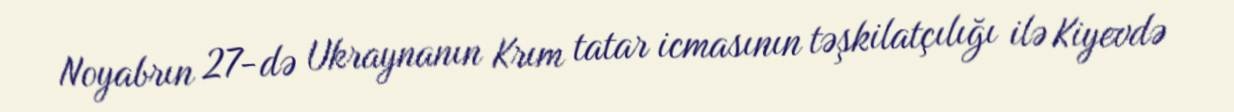
Noyabrın 27-də Ukraynanın Krım tatar icmasının təşkilatçılığı ilə Kiyevdə